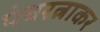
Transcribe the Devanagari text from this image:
पंचरत्नाकर